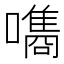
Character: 𡂗